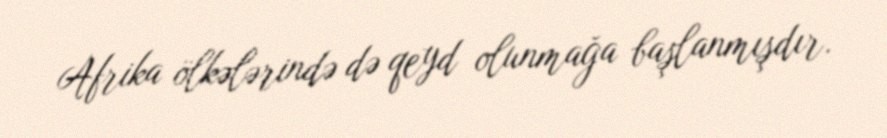
Afrika ölkələrində də qeyd olunmağa başlanmışdır.